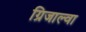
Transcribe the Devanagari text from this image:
ग्रिजाल्वा